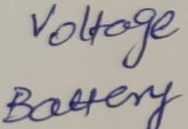
Text: Voltage Battery